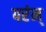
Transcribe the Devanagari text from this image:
परंम्